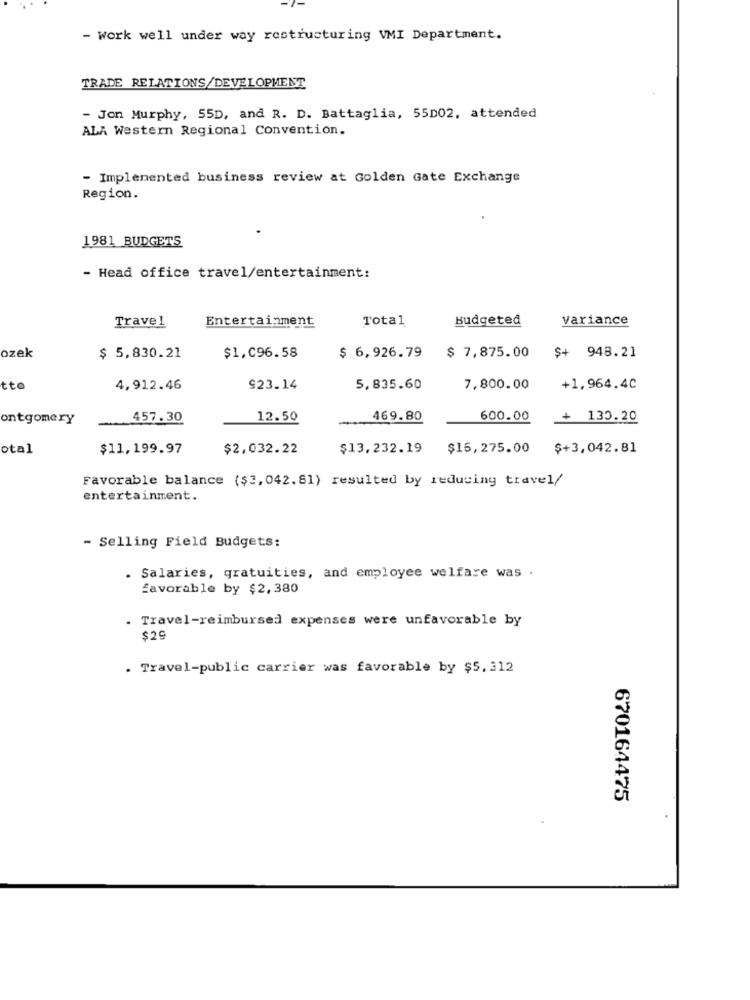
- Work well under way restructuring VMI Department.
TRADE RELATIONS/DEVELOPMENT
- Jon Murphy, 55D, and R. D. Battaglia, 55D02, attended
ALA Western Regional Convention.
- Implemented business review at Golden Gate Exchange
Region.
1981 BUDGETS
- Head office travel/entertainment:
Entertainment
Total
Budgeted
variance
Travel
ozek
$ 5,830.21
$1,096.58
$ 6,926.79
$ 7,875.00
$+ 948.21
tto
4,912.46
923.14
5,835.60
7,800.00
+1,964.40
ontgomery
.457.30
12.50
469.80
600.00
+ 130.20
otal
$11,199.97
$2,032.22
$13.232.19
$16,275.00
$+3,042.81
Favorable balance ($3, 042.81) resulted by reducing travel/
entertainment.
- Selling Field Budgets:
. Salaries, gratuities, and employee welfare was .
favorable by $2,380
. Travel-reimbursed expenses were unfavorable by
$29
. Travel-public carrier was favorable by $5. 312
670164475